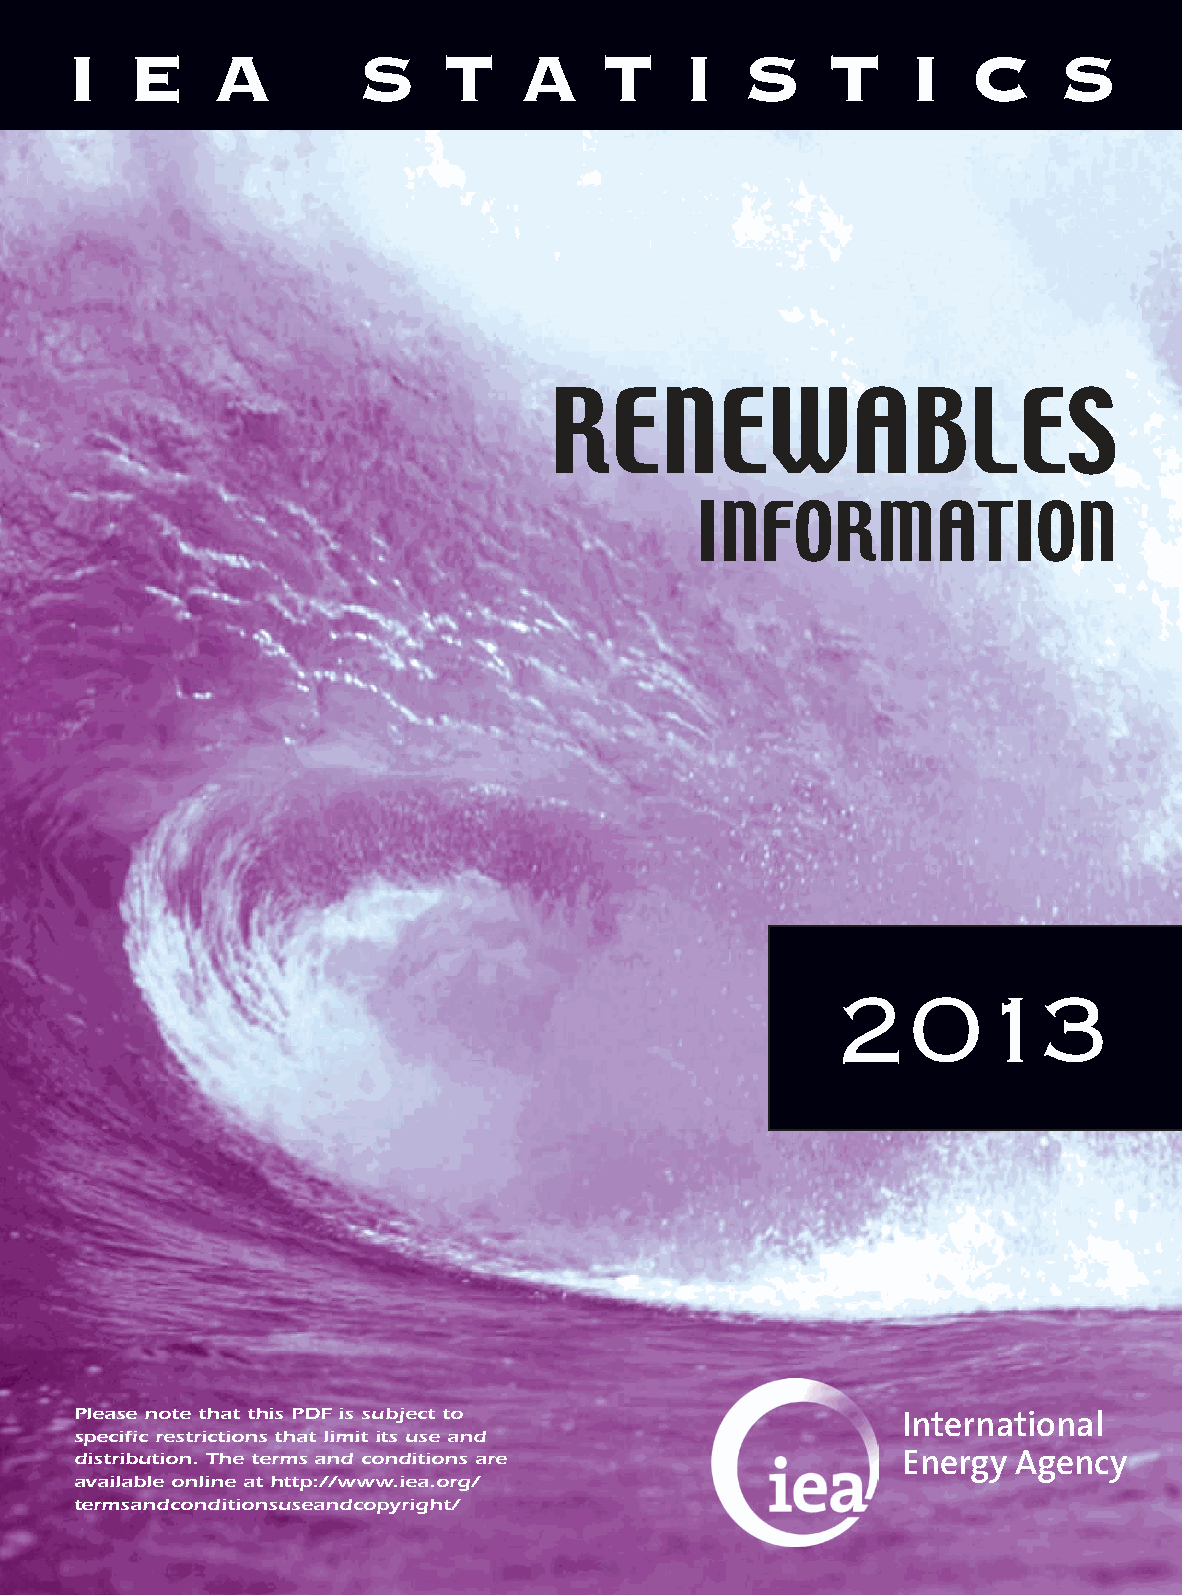
I   E     A         S    T    A     T    I   S     T    I   C     S
 RENEWABLES
 INFORMATION
 2013
 Please note that this PDF is subject to                International
 specific restrictions that limit its use and
 distribution. The terms and conditions are             Energy Agency
 available online at http://www.iea.org/
 termsandconditionsuseandcopyright/